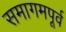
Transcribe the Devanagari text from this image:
समागमपूर्व